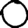
Digit: 0